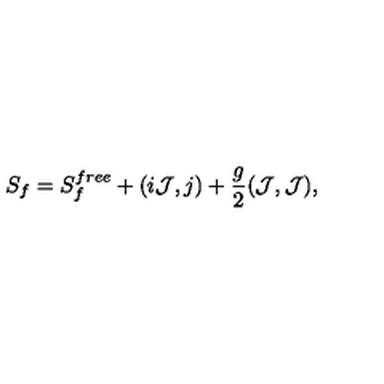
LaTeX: S _ { f } = S _ { f } ^ { f r e e } + ( i { \cal J } , j ) + { \frac { g } { 2 } } ( { \cal J } , { \cal J } ) ,